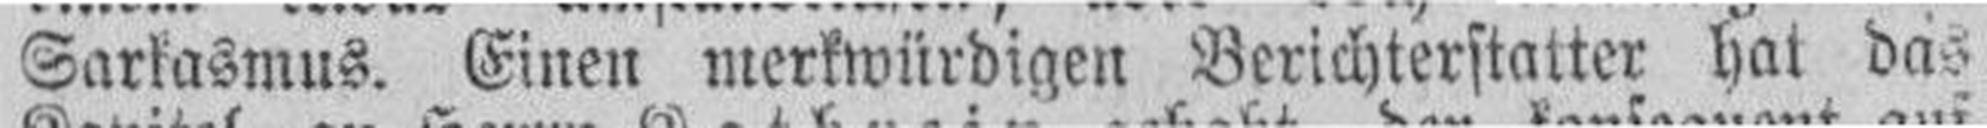
Sarkasmus. Einen merkwürdigen Berichterstatter hat das